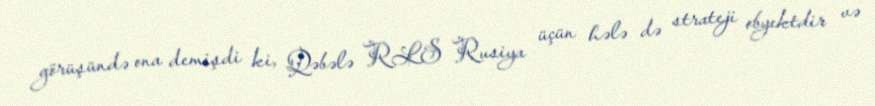
görüşündə ona demişdi ki, Qəbələ RLS Rusiya üçün hələ də strateji obyektdir və